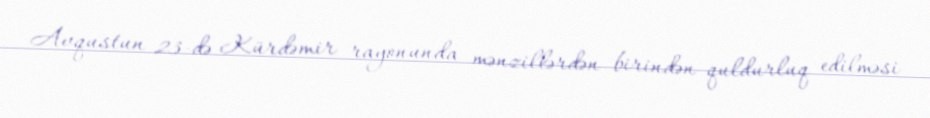
Avqustun 23-də Kürdəmir rayonunda mənzillərdən birindən quldurluq edilməsi